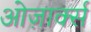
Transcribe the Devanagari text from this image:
ओज़ार्क्स